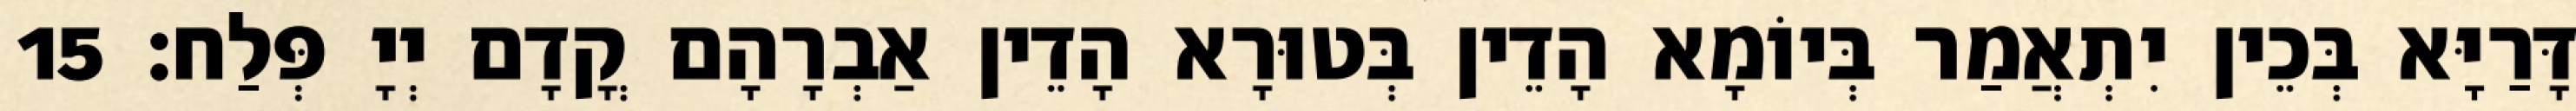
דָּרַיָּא בְּכֵין יִתְאֲמַר בְּיוֹמָא הָדֵין בְּטוּרָא הָדֵין אַבְרָהָם קֳדָם יְיָ פְּלַח׃ 15